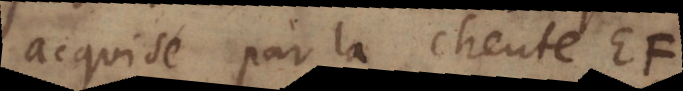
acquise par la cheute EF,